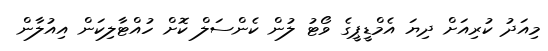
މިއަދު ކުރިއަށް ދިޔަ އެމްޑީޕީގެ ވޯޓު ލުން ކެންސަލް ކޮށް ހުއްޓާލިކަން އިއުލާން